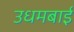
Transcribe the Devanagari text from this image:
उधमबाई